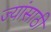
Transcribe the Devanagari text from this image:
ज्यांसाठी